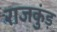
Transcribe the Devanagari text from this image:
राजकुंड़